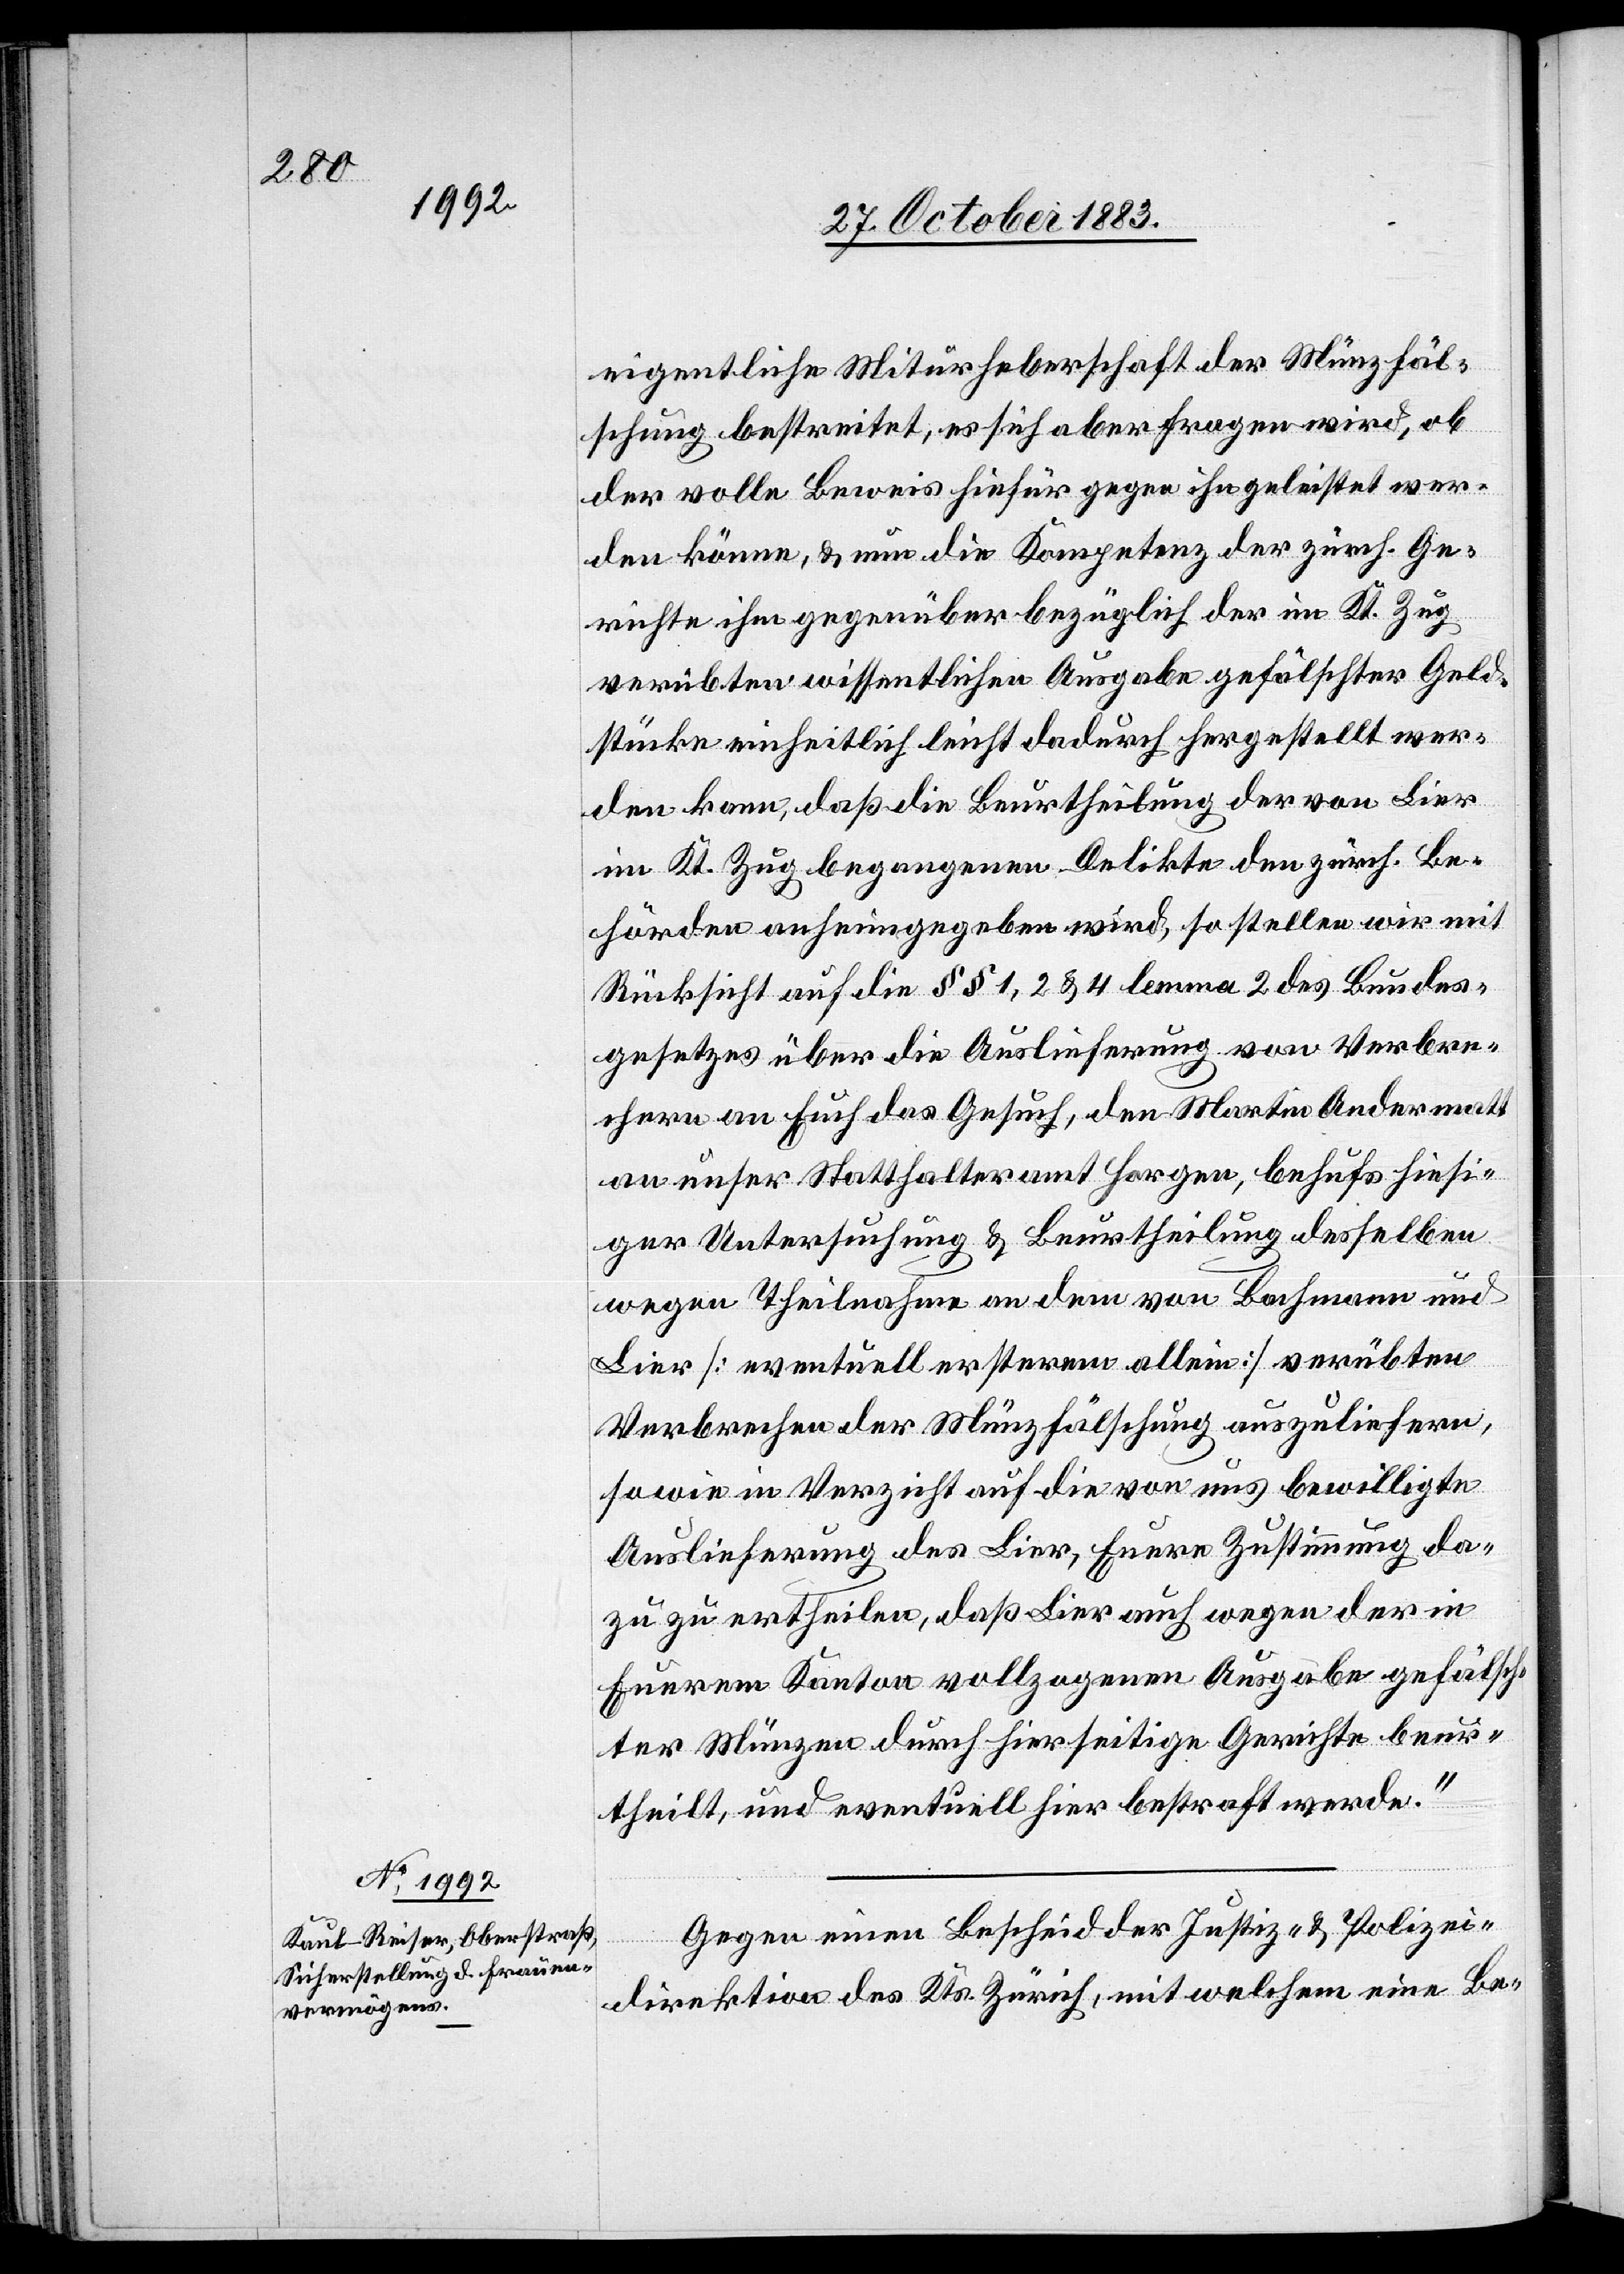
eigentliche Miturheberschaft der Münzfäl¬
schung bestreitet, er sich aber fragen wird, ob
der volle Beweis hiefür gegen ihn geleistet wer¬
den könne, & nun die Kompetenz der zürch. Ge¬
richte ihm gegenüber bezüglich der im Kt. Zug
verübten wissentlichen Ausgabe gefälschter Geld¬
stücke einheitlich leicht dadurch hergestellt wer¬
den kann, daß die Beurtheilung der von Lier
im Kt. Zug begangenen Delikte den zürch. Be¬
hörden anheimgegeben wird, so stellen wir mit
Rücksicht auf die §§ 1, 2, & 4 lemma 2 des Bundes¬
gesetzes über die Auslieferung von Verbre¬
chern an Euch das Gesuch, den Martin Andermatt
an unser Statthalteramt Horgen, behufs hiersei¬
tiger Untersuchung & Beurtheilung desselben
wegen Theilnahme an dem von Bachmann und
Lier [eventuell ersterem allein] verübten
Verbrechen der Münzfälschung auszuliefern,
sowie in Verzicht auf die von uns bewilligte
Auslieferung des Lier, Euere Zustimmung da¬
zu zu ertheilen, daß Lier auch wegen der in
Euerem Kanton vollzogenen Ausgabe gefälsch¬
ter Münzen durch hierseitige Gerichte beur¬
theilt, und eventuell hier bestraft werde.“
Gegen einen Bescheid der Justiz- & Polizei¬
direktion des Kts. Zürich, mit welchem eine Be-